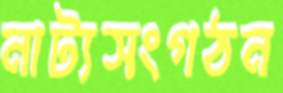
নাট্যসংগঠন